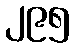
၂၉၅